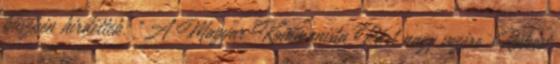
büszkén hirdették: “A Magyar Kommunista Párt nagy vezére, Rákosi